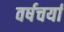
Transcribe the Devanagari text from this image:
वर्षचर्या